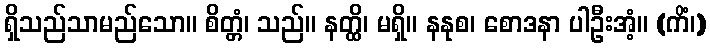
ရှိသည်သာမည်သော။ စိတ္တံ၊ သည်။ နတ္ထိ၊ မရှိ။ နနုစ၊ စောဒနာ ပါဦးအံ့။ (ကိံ၊)